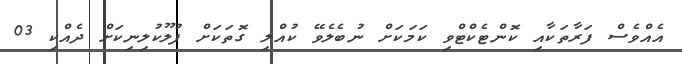
އެއްވެސް ފަރާތަކާއި ކޮންޓެކްޓްވި ކަމަކަށް ނުބެލެވޭ ކުއްލި ގޮތަކަށް ފުލޫކުލިނިކަށް ދެއްކި 03